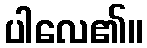
ပါလေ၏။